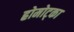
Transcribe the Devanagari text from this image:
ह्रोमोट्का